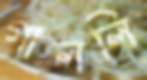
গাললি